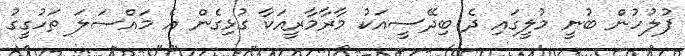
ފުލުހުން ބުނީ މުލީގައި ދެ ބިދޭސީއަކު މާރާމާރީއަކާ ގުޅިގެން އެ މައްސަލަ ތަހުގީގު